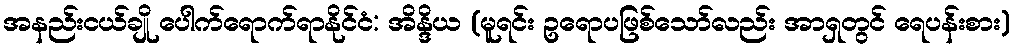
အနည်းငယ်ချို ပေါက်ရောက်ရာနိုင်ငံ: အိန္ဒိယ (မူရင်း ဥရောပဖြစ်သော်လည်း အာရှတွင် ရေပန်းစား)